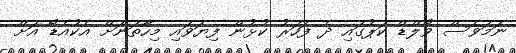
ނަމަވެސް ވޯލްޑް ކަޕުގައި ދެ ފަހަރު ކުޅުން ފިޔަވައި މިހާތަނަށް އެކުއެޑޯ އަށް